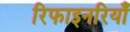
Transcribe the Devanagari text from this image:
रिफाइनरियाँ